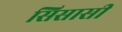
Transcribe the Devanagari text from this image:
सिसासी